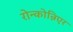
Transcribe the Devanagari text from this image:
रोन्कोन्निएर